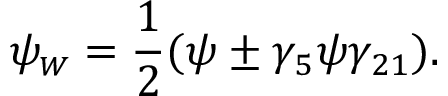
\psi _ { \scriptscriptstyle W } = \frac { 1 } { 2 } ( \psi \pm \gamma _ { 5 } \psi \gamma _ { 2 1 } ) .